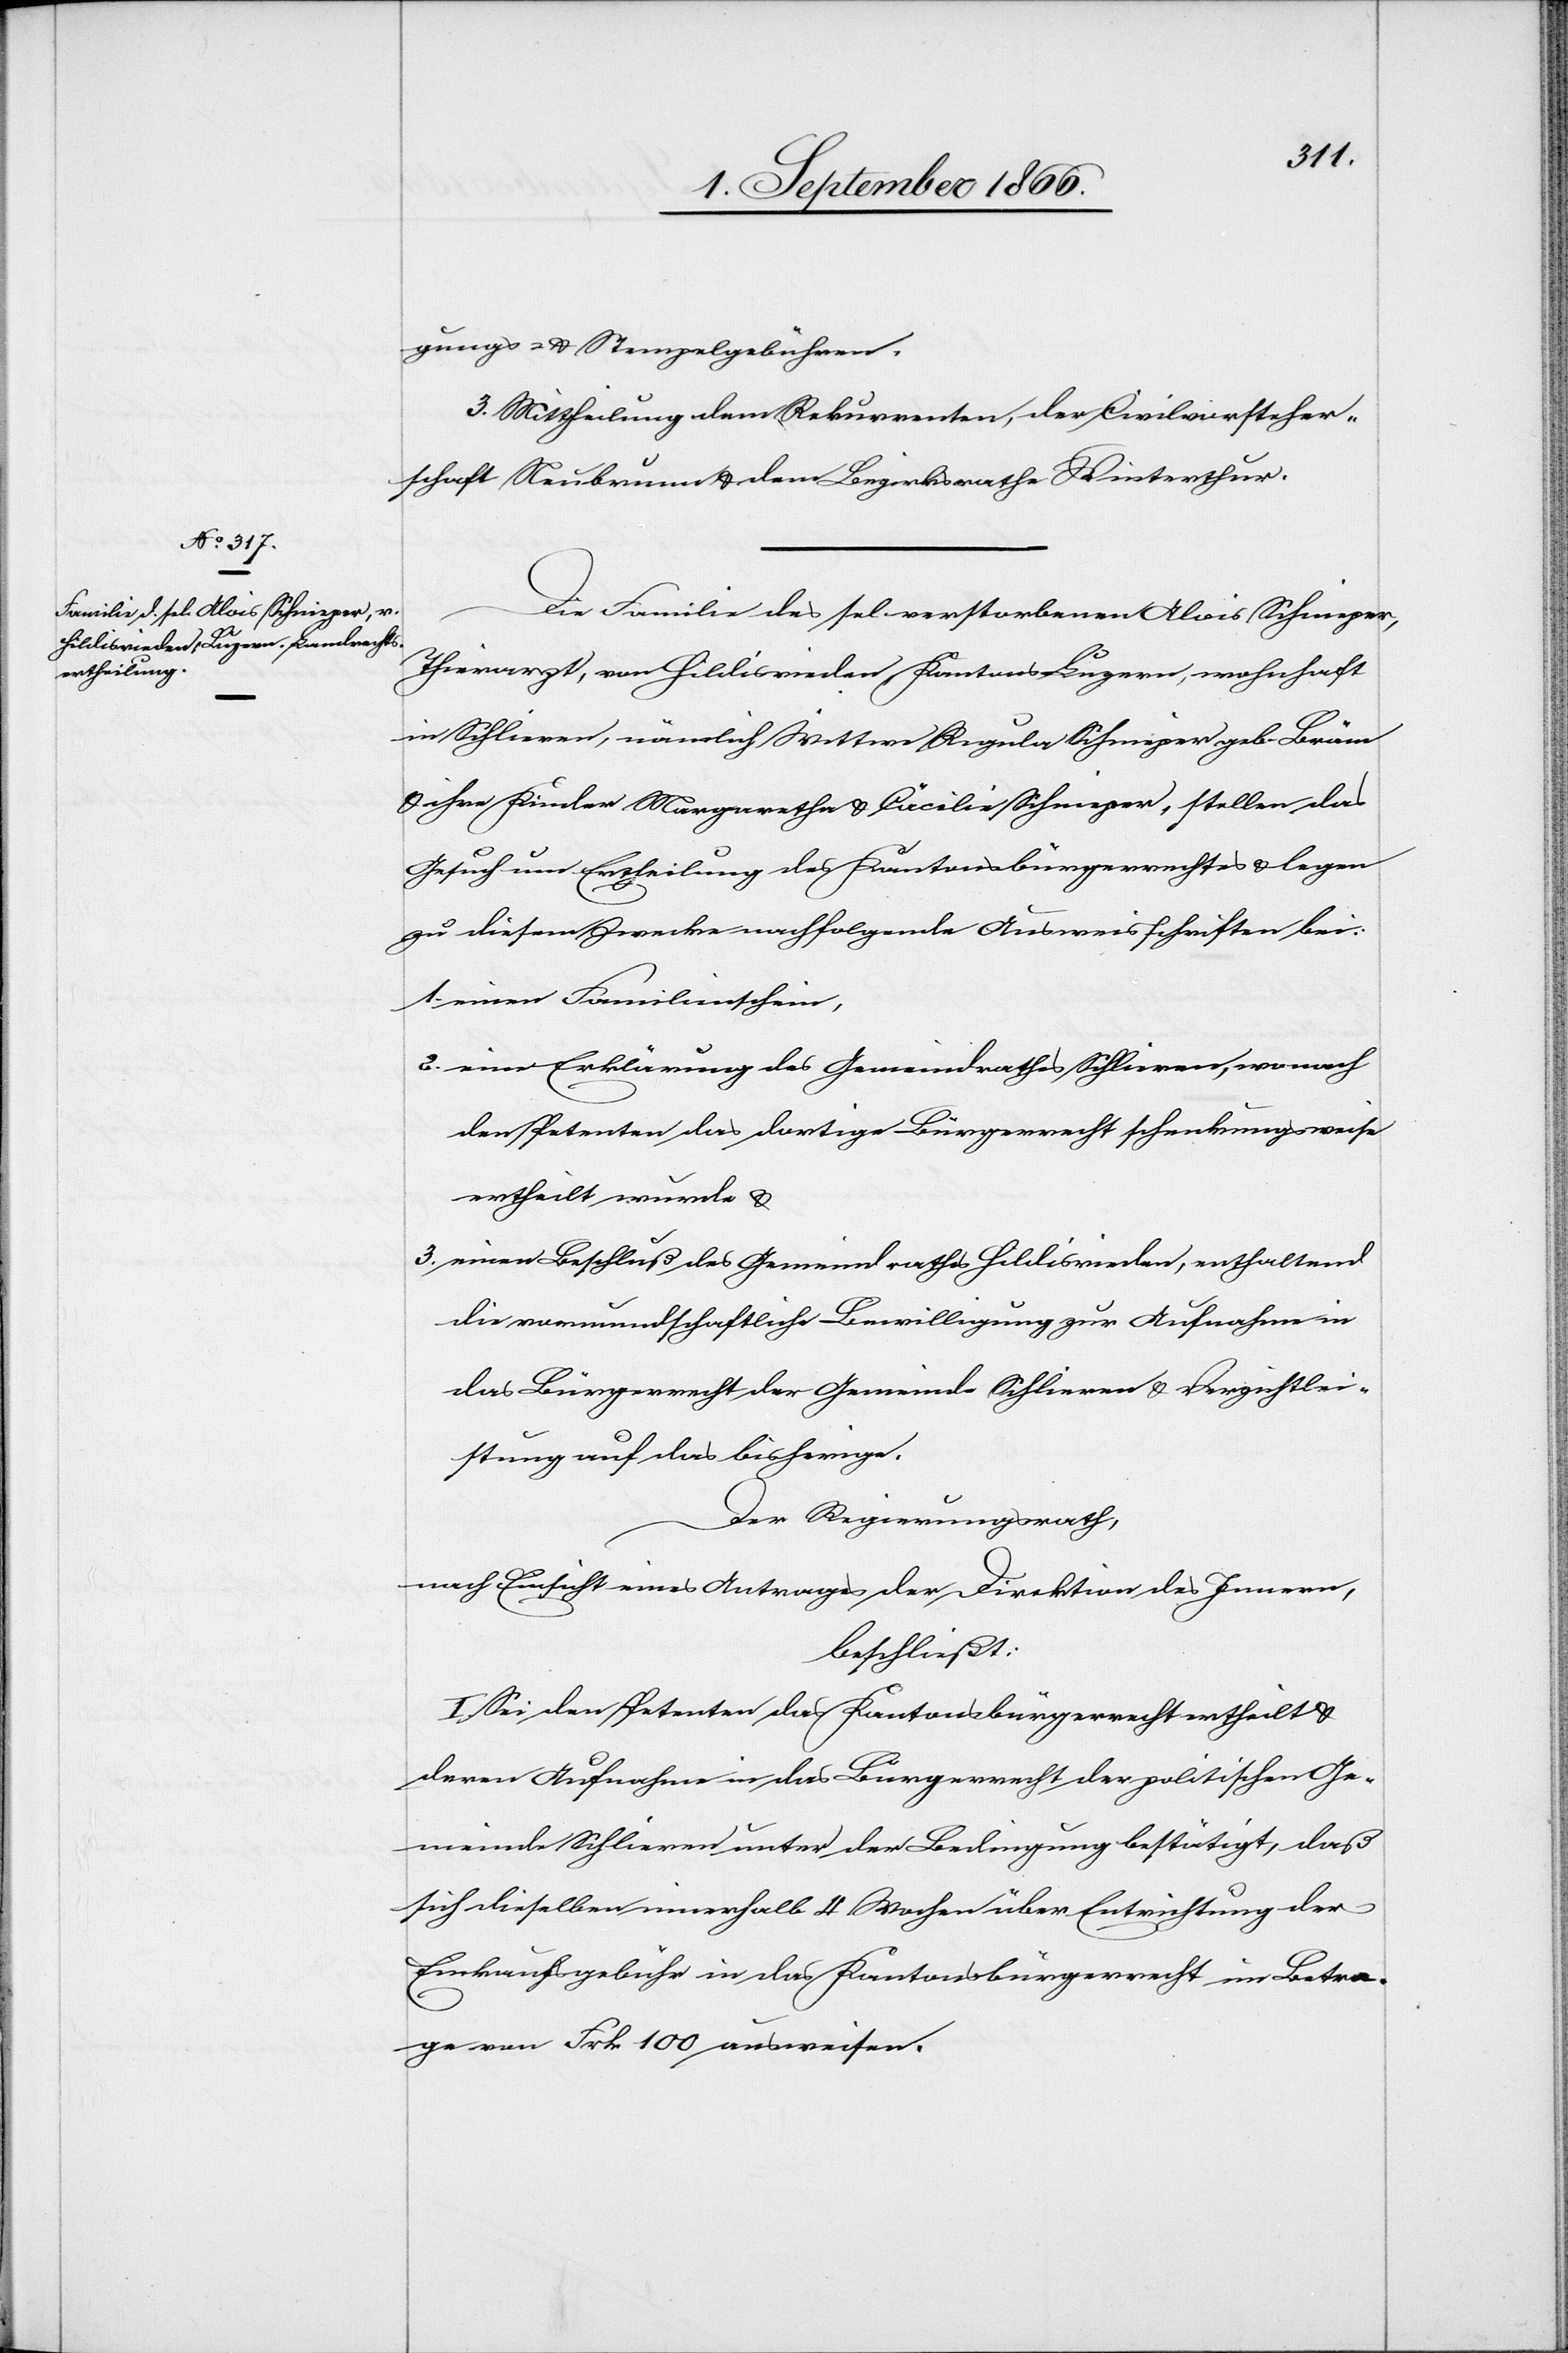
gungs- u. Stempelgebühren.
3. Mittheilung dem Rekurrenten, der Civilvorsteher¬
schaft Neubrunn u. dem Bezirksrathe Winterthur.
Die Familie des sel. verstorbenen Alvis Schnieper,
Thierarzt, von Hildisrieden, Kantons Luzern, wohnhaft
in Schlieren, nämlich Wittwe Regula Schnieper geb. Bräm
u. ihre Kinder Margaretha u. Cäcilie Schnieper, stellen das
Gesuch um Ertheilung des Kantonsbürgerrechtes u. legen
zu diesem Zwecke folgende Ausweisschriften bei:
1. einen Familienschein,
2. eine Erklärung des Gemeindrathes Schlieren, wonach
den Petenten das dortige Bürgerrecht schenkungsweise
ertheilt wurde u.
3. einen Beschluß des Gemeindrathes Hildisrieden, enthaltend
die vormundschaftliche Bewilligung zur Aufnahme in
das Bürgerrecht der Gemeinde Schlieren u. Verzichtlei¬
stung auf das bisherige.
Der Regierungsrath,
nach Einsicht eines Antrages der Direktion des Innern,
beschließt:
I. Sei den Petenten das Kantonsbürgerrecht ertheilt u.
deren Aufnahme in das Bürgerrecht der politischen Ge¬
meinde Schlieren unter der Bedingung bestätigt, daß
sich dieselben innerhalb 4 Wochen über Entrichtung der
Einkaufsgebühr in das Kantonsbürgerrecht im Betra¬
g von Frk. 100 ausweisen.